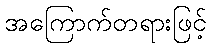
အကြောက်တရားဖြင့်